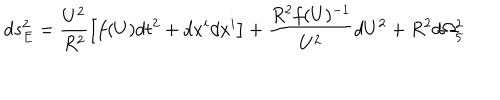
LaTeX: d s _ { E } ^ { 2 } = \frac { U ^ { 2 } } { R ^ { 2 } } \left[ f ( U ) d t ^ { 2 } + d x ^ { i } d x ^ { i } \right] + \frac { R ^ { 2 } f ( U ) ^ { - 1 } } { U ^ { 2 } } d U ^ { 2 } + R ^ { 2 } d \Omega _ { 5 } ^ { 2 }